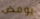
يومض